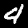
Digit: 4